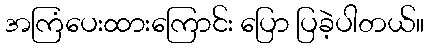
အကြံပေးထားကြောင်း ပြော ပြခဲ့ပါတယ်။